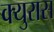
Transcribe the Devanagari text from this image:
क्युरास